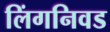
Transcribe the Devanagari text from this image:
लिंगनिवड